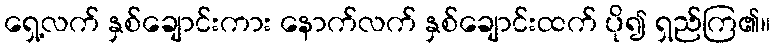
ရှေ့လက် နှစ်ချောင်းကား နောက်လက် နှစ်ချောင်းထက် ပို၍ ရှည်ကြ၏။